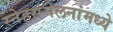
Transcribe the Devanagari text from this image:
स्नेहसंमेलनांमध्ये